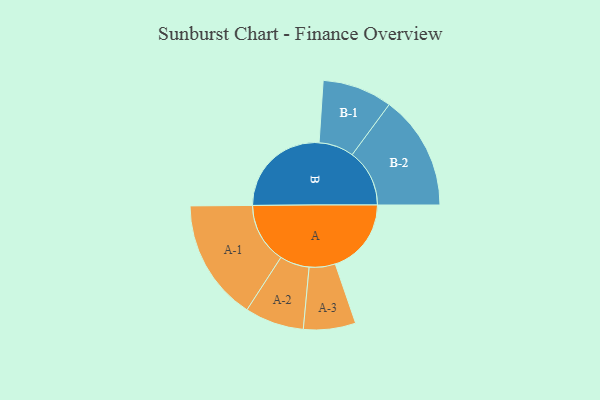
{"axis": {"x": "Segment", "y": "Value"}, "legend": ["", "A", "B"], "data": [{"x": "A", "y": 350, "type": ""}, {"x": "B", "y": 464, "type": ""}, {"x": "A-1", "y": 279, "type": "A"}, {"x": "A-2", "y": 136, "type": "A"}, {"x": "A-3", "y": 120, "type": "A"}, {"x": "B-1", "y": 161, "type": "B"}, {"x": "B-2", "y": 264, "type": "B"}]}